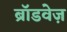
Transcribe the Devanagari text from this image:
ब्रॉडवेज़